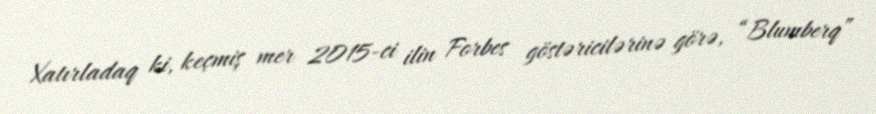
Xatırladaq ki, keçmiş mer 2015-ci ilin Forbes göstəricilərinə görə, “Blumberq”